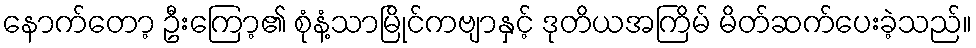
နောက်တော့ ဦးကြော့၏ စုံနံ့သာမြိုင်ကဗျာနှင့် ဒုတိယအကြိမ် မိတ်ဆက်ပေးခဲ့သည်။